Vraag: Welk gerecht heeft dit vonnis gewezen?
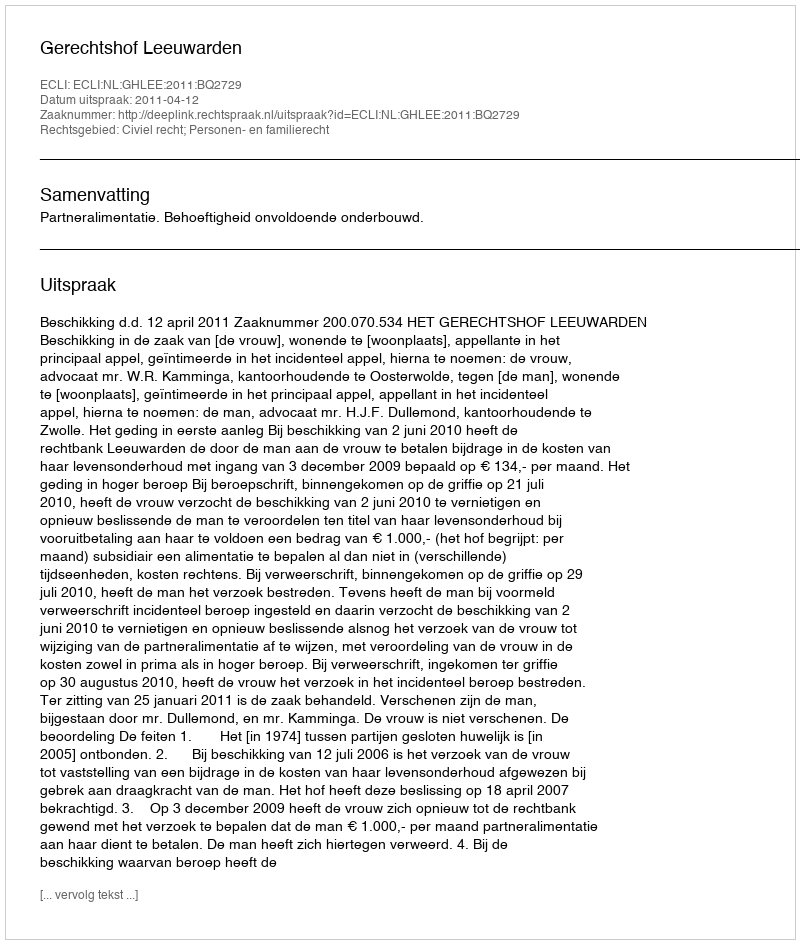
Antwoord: Gerechtshof Leeuwarden